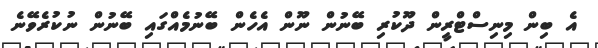
އެ ބިން މިނިސްޓްރީން ދޫކުރި ބޭނުން ނޫން އެހެން ބޭނުމެއްގައި ބޭނުން ނުކުރެވޭނެ